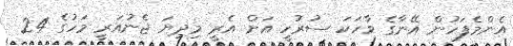
އެންމެފަހުން އޭނާގެ ވާހަކަ ސުރުހީ އަށް އެރީ މިދިޔަ ޖެނުއަރީ މަހުގެ 24